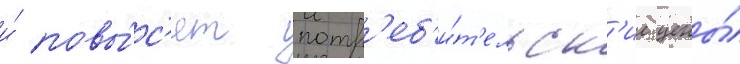
и́ повы́с'ят потр'еб'и́т'ельск'ие цены́